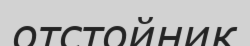
отстойник